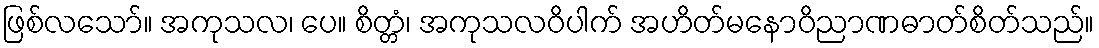
ဖြစ်လသော်။ အကုသလ၊ ပေ။ စိတ္တံ၊ အကုသလဝိပါက် အဟိတ်မနောဝိညာဏဓာတ်စိတ်သည်။